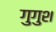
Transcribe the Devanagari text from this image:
गुगुश